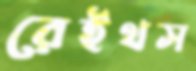
রেইথস